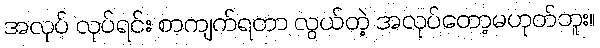
အလုပ် လုပ်ရင်း စာကျက်ရတာ လွယ်တဲ့ အလုပ်တော့မဟုတ်ဘူး။